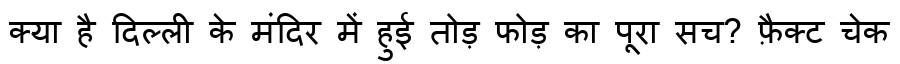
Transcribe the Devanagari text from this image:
क्या है दिल्ली के मंदिर में हुई तोड़ फोड़ का पूरा सच? फ़ैक्ट चेक